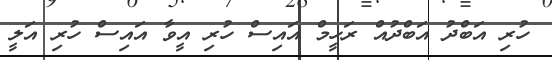
ހުރި އަބްދު އަބްދުއް ރަހީމް އައިސް ހުރި އީވާ އައިސް ހުރި އަލީ